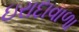
ઇરાદાવાળા